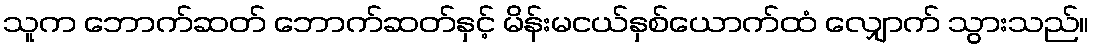
သူက ဘောက်ဆတ် ဘောက်ဆတ်နှင့် မိန်းမငယ်နှစ်ယောက်ထံ လျှောက် သွားသည်။